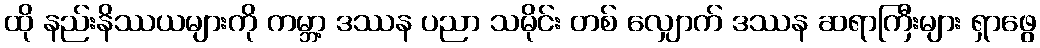
ထို နည်းနိဿယများကို ကမ္ဘာ့ ဒဿန ပညာ သမိုင်း တစ် လျှောက် ဒဿန ဆရာကြီးများ ရှာဖွေ